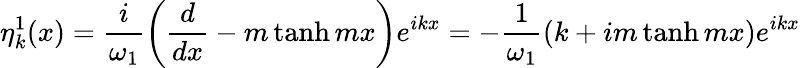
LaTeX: \eta_{k}^{1}(x)=\frac{i}{\omega_{1}}\left(\frac{d}{dx}-m\operatorname{tanh}mx\right)e^{ikx}=-\frac{1}{\omega_{1}}(k+im\operatorname{tanh}mx)e^{ikx}